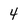
Character: 4